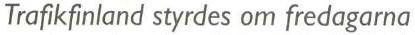
Trafikfinland styrdes om fredagarna